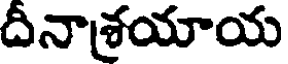
దీనాశ్రయాయ